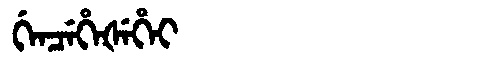
Manchu: ᡤᡝᠨᠴᡝᡥᡝᡧᡝᡥᡝᡳ
Romanization: GENCEHEŠEHEI